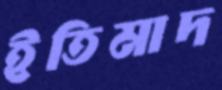
ইতিমাদ